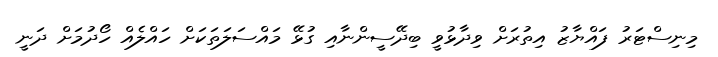
މިނިސްޓަރު ފައްޔާޒު އިތުރަށް ވިދާޅުވީ ބިދޭސީންނާއި ގުޅޭ މައްސަލަތަކަށް ހައްލެއް ހޯދުމަށް ދަނީ